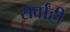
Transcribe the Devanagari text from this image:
सर्वांही